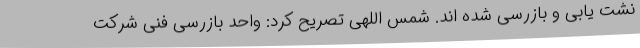
نشت یابی و بازرسی شده اند. شمس اللهی تصریح کرد: واحد بازرسی فنی شرکت